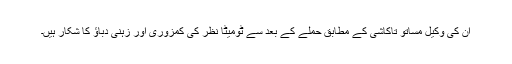
ان کی وکیل مساتو تاکاشی کے مطابق حملے کے بعد سے ٹومیٹا نظر کی کمزوری اور زہنی دباؤ کا شکار ہیں۔